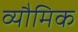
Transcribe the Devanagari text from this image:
व्यौमिक